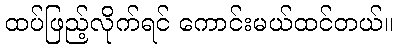
ထပ်ဖြည့်လိုက်ရင် ကောင်းမယ်ထင်တယ်။